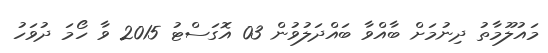
މައުލޫމާތު ދިނުމަށް ބާއްވާ ބައްދަލުވުން 03 އޮގަސްޓު 2015 ވާ ހޯމަ ދުވަހު